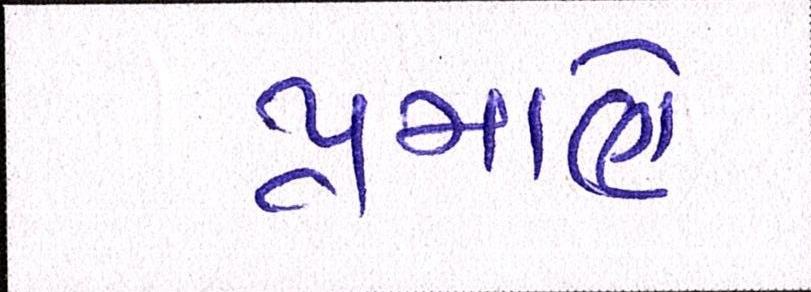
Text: પ્રમાણે